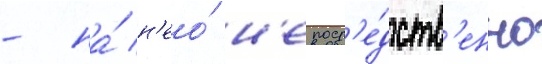
- на́ н'ео́ н'епоср'е́дств'енно